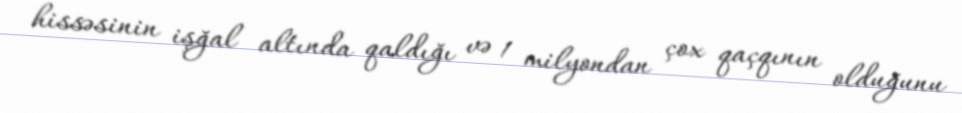
hissəsinin işğal altında qaldığı və 1 milyondan çox qaçqının olduğunu